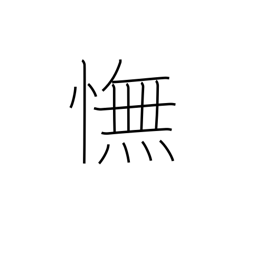
Meaning: disappointment